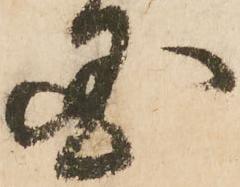
国